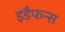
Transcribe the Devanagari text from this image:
इडैफन्स